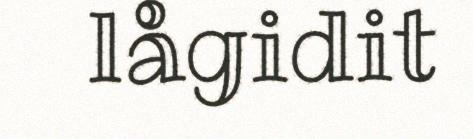
lågidit